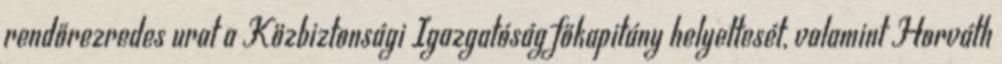
rendőrezredes urat a Közbiztonsági Igazgatóság főkapitány helyettesét, valamint Horváth